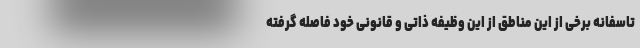
تاسفانه برخی از این مناطق از این وظیفه ذاتی و قانونی خود فاصله گرفته